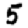
Digit: 5